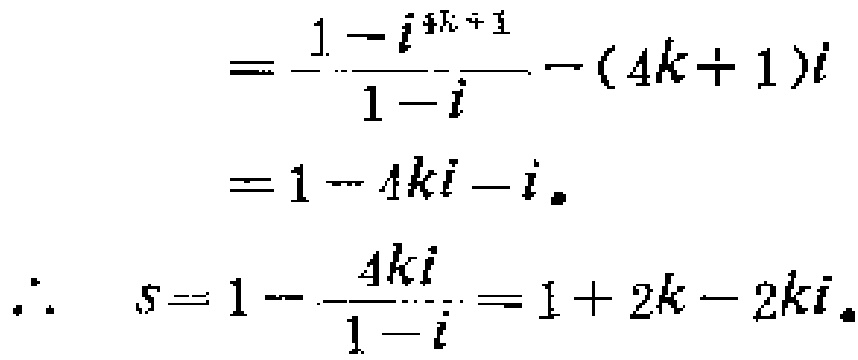
\[
\begin{align*}
&=\frac{1 - i^{4k + 1}}{1 - i}-(4k + 1)i\\
&=1-4ki - i\\
\therefore\quad s&=1-\frac{4ki}{1 - i}=1 + 2k-2ki
\end{align*}
\]